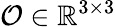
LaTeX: \mathcal O\in\mathbb R^{3\times 3}